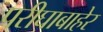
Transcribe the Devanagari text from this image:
परीघाबाहेर